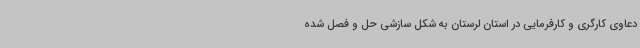
دعاوی کارگری و کارفرمایی در استان لرستان به شکل سازشی حل و فصل شده